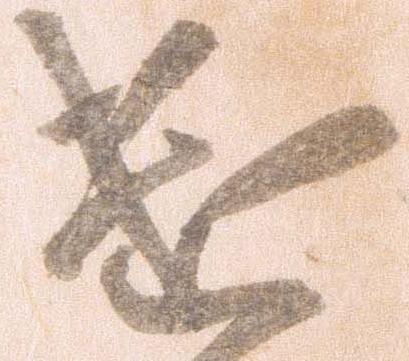
遣